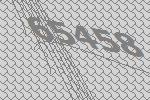
65458